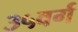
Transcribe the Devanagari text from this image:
३५वर्ग